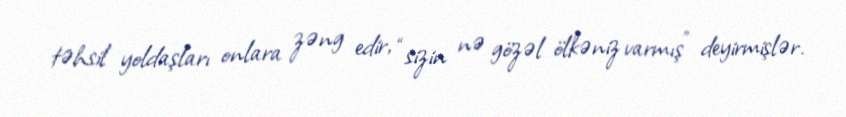
təhsil yoldaşları onlara zəng edir, “sizin nə gözəl ölkəniz varmış” deyirmişlər.